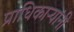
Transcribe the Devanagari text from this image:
प्राधिकाऱ्यांनी